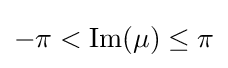
-\pi <\operatorname {Im} (\mu )\leq \pi